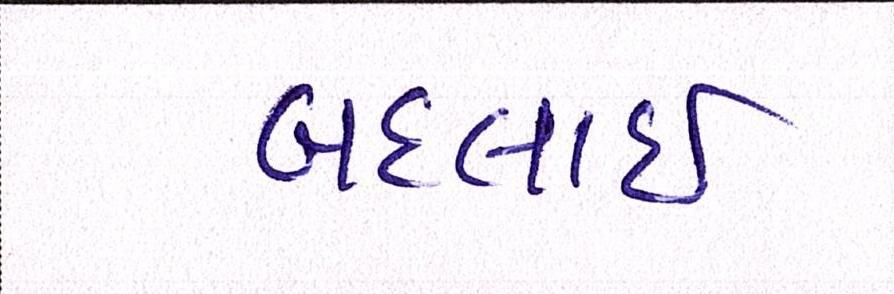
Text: બદલાઈ